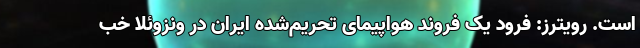
است. رویترز: فرود یک فروند هواپیمای تحریم‌شده ایران در ونزوئلا خب